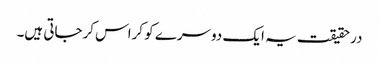
درحقیقت یہ ایک دوسرے کو کراس کرجاتی ہیں۔